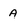
Character: A